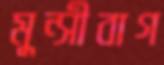
মুন্সীবাগ